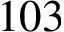
1 0 3